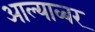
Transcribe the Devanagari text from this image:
आल्याव्बर